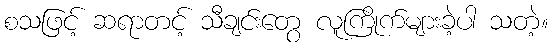
စသဖြင့် ဆရာတင့် သီချင်းတွေ လူကြိုက်များခဲ့ပါ သတဲ့။